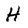
Character: H